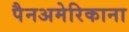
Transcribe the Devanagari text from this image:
पैनअमेरिकाना